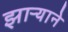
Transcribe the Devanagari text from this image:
झाऱ्याने